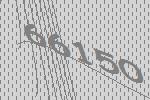
66150